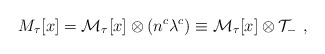
\begin{align*}M_{\tau}[x] = {\cal M}_{\tau}[x]\otimes(n^c \lambda^c) \equiv {\cal M}_{\tau}[x]\otimes{\cal T}_- \ ,\end{align*}